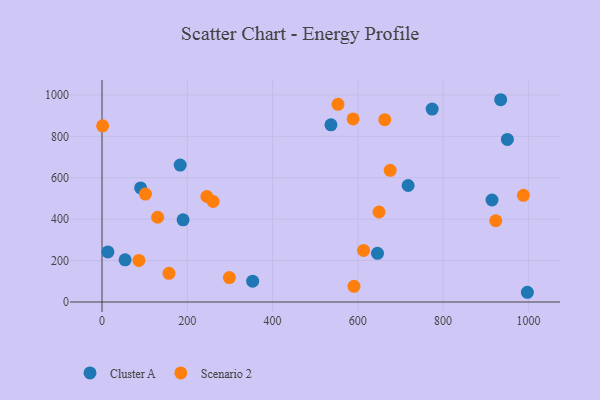
{"axis": {"x": "Ad Spend", "y": "Yield"}, "legend": ["Cluster A", "Scenario 2"], "data": [{"x": "997.6", "y": 47.0, "type": "Cluster A"}, {"x": "190.1", "y": 396.8, "type": "Cluster A"}, {"x": "54.1", "y": 203.5, "type": "Cluster A"}, {"x": "646.1", "y": 235.0, "type": "Cluster A"}, {"x": "914.6", "y": 492.5, "type": "Cluster A"}, {"x": "774.3", "y": 931.8, "type": "Cluster A"}, {"x": "13.8", "y": 241.7, "type": "Cluster A"}, {"x": "183.3", "y": 661.4, "type": "Cluster A"}, {"x": "950.7", "y": 785.2, "type": "Cluster A"}, {"x": "536.9", "y": 855.7, "type": "Cluster A"}, {"x": "353.3", "y": 100.4, "type": "Cluster A"}, {"x": "935.0", "y": 976.8, "type": "Cluster A"}, {"x": "717.9", "y": 562.7, "type": "Cluster A"}, {"x": "90.5", "y": 551.0, "type": "Cluster A"}, {"x": "1.4", "y": 850.9, "type": "Scenario 2"}, {"x": "675.8", "y": 635.7, "type": "Scenario 2"}, {"x": "260.7", "y": 485.3, "type": "Scenario 2"}, {"x": "553.4", "y": 954.5, "type": "Scenario 2"}, {"x": "649.7", "y": 434.7, "type": "Scenario 2"}, {"x": "663.1", "y": 880.6, "type": "Scenario 2"}, {"x": "86.5", "y": 200.6, "type": "Scenario 2"}, {"x": "298.7", "y": 118.2, "type": "Scenario 2"}, {"x": "988.3", "y": 515.0, "type": "Scenario 2"}, {"x": "923.5", "y": 392.5, "type": "Scenario 2"}, {"x": "590.9", "y": 75.7, "type": "Scenario 2"}, {"x": "130.4", "y": 409.2, "type": "Scenario 2"}, {"x": "245.9", "y": 509.6, "type": "Scenario 2"}, {"x": "613.4", "y": 249.3, "type": "Scenario 2"}, {"x": "157.0", "y": 138.5, "type": "Scenario 2"}, {"x": "588.9", "y": 884.1, "type": "Scenario 2"}, {"x": "101.8", "y": 521.3, "type": "Scenario 2"}]}